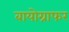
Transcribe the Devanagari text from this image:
बायोग्राफर